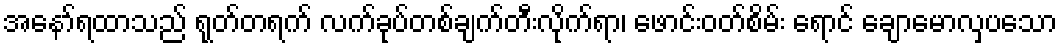
အနော်ရထာသည် ရုတ်တရက် လက်ခုပ်တစ်ချက်တီးလိုက်ရာ၊ ဖောင်းဝတ်စိမ်း ရောင် ချောမောလှပသော